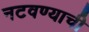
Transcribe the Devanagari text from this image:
नटवण्याची